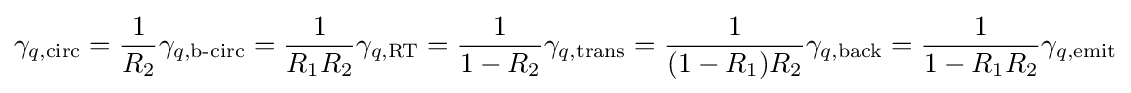
\gamma _{q,{\rm {circ}}}={\frac {1}{R_{2}}}\gamma _{q,{\text{b-circ}}}={\frac {1}{R_{1}R_{2}}}\gamma _{q,{\rm {RT}}}={\frac {1}{1-R_{2}}}\gamma _{q,{\rm {trans}}}={\frac {1}{(1-R_{1})R_{2}}}\gamma _{q,{\rm {back}}}={\frac {1}{1-R_{1}R_{2}}}\gamma _{q,{\rm {emit}}}